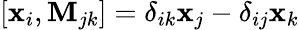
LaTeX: [{\mathbf{x}}_{i},{\mathbf{M}}_{jk}]=\delta_{ik}{\mathbf{x}}_{j}-\delta_{ij}{\mathbf{x}}_{k}